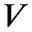
V